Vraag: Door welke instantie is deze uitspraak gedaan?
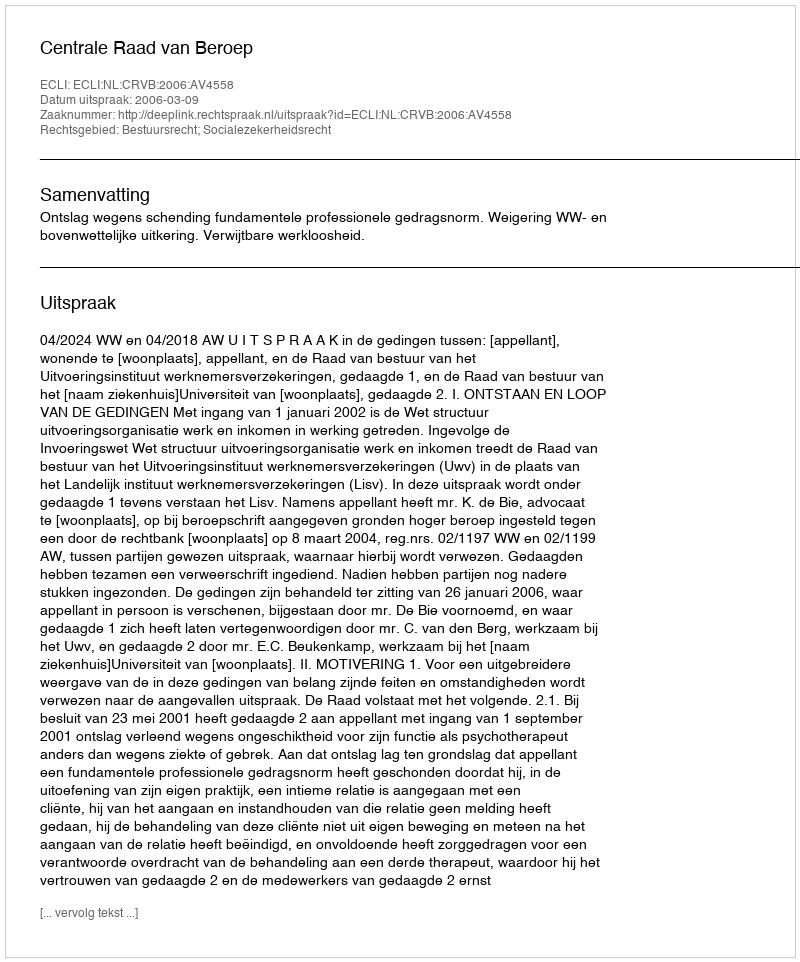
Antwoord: Centrale Raad van Beroep